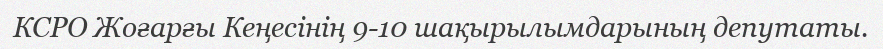
КСРО Жоғарғы Кеңесінің 9-10 шақырылымдарының депутаты.